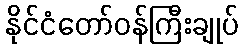
နိုင်ငံတော်ဝန်ကြီးချုပ်